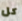
كل